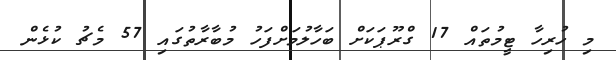
މި ހުރިހާ ޓީމުތައް 17 ގްރޫޕަކަށް ބަހާލުމަށްފަހު މުބާރާތުގައި 57 މެޗު ކުޅެން